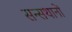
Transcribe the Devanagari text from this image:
सन्सथानों